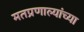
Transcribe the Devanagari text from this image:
मतप्रणाल्यांच्या